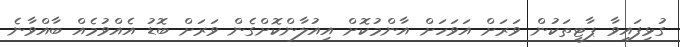
ގުޅިފައިވާ ޕާޓީތަކުން ވަރަށް އަވަހަށް އާންމުކޮށް އިއުލާންކޮށްގެން ވަރަށް ބޮޑު އެއްވުމެއް ބާއްވާނެ